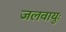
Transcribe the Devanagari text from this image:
जलवायुः